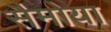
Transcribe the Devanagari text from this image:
सैमोया